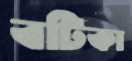
বটিকা